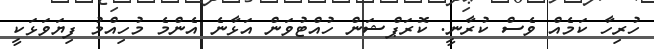
ހުރިހާ ކަމެއް ވެސް ކުރާނީ. ކޮރަޕްޝަން ހުއްޓުވަން އަޅާނެ އެންމެ މުހިއްމު ފިޔަވަޅަކީ